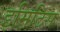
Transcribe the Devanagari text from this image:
इमिटिस